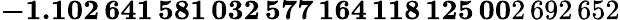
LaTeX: \mathbf{-1.102\, 641\, 581\, 032\, 577\, 164\, 118\, 125\, 00}2\, 692\, 652